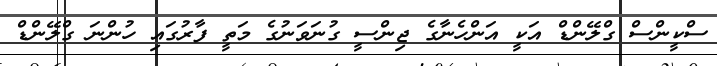
ސްކީންސް ގްލޭންޑް އަކީ އަންހެނާގެ ޖިންސީ ގުނަވަނުގެ މަތީ ފާރުގައި ހުންނަ ގްލޭންޑް